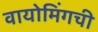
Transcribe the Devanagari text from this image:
वायोमिंगची